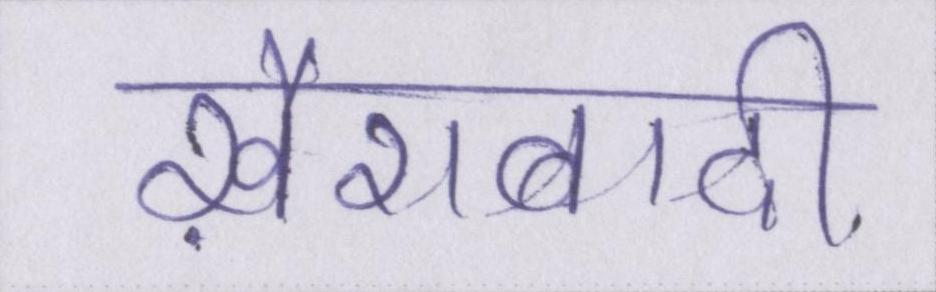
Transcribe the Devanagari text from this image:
ख़ैराबादी